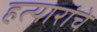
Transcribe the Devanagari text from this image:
हत्यारांचे